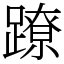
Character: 蹽